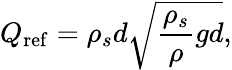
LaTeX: Q_{\mathrm{ref}}=\rho_{s}d\sqrt{\frac{\rho_{s}}{\rho}gd},